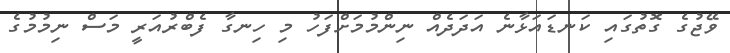
ވޭޖުގެ ގޮތުގައި ކަނޑައަޅާނެ އަދަދެއް ނިންމުމަށްފަހު މި ހިނގާ ފެބްރުއަރީ މަސް ނިމުމުގެ